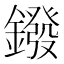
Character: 鏺